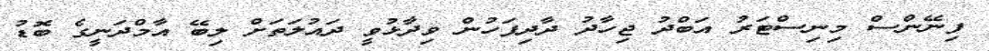
ފިނޭންސް މިނިސްޓަރު އަބްދު ޖިހާދު ދާދިފަހުން ވިދާޅުވީ ދައުލަތަށް ލިބޭ އާމްދަނީގެ ބޮޑު